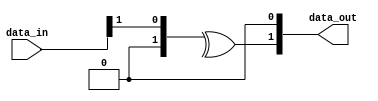
// This program was cloned from: https://github.com/intel/aib-phy-hardware
// License: Apache License 2.0

// SPDX-License-Identifier: Apache-2.0
// Copyright (C) 2019 Intel Corporation. All rights reserved
//------------------------------------------------------------------------
//
// Revision:    $Revision: #1 $
//------------------------------------------------------------------------
//-----------------------------------------------------------------------------
// Description : Gray to binary conversion when binary count is expected to increment by 2
//-----------------------------------------------------------------------------

module cdclib_graytobin_inc2
   #(
      parameter WIDTH           = 2 // Data width 
    )
   (
   // Inputs
   input  wire [WIDTH-1:0]  data_in,       // data in
   // Outputs
   output wire  [WIDTH-1:0]  data_out       // data out
   );


   genvar                      i;
   
   assign data_out[0] = 1'b0;
   generate
      for (i = 1; i <= WIDTH-1; i = i+1) begin: GREY_TO_BIN
        assign data_out[i] = ^(data_in >> i);            
         
      end // block: GRAY_TO_BIN
   endgenerate


endmodule